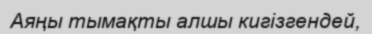
Аяңы тымақты алшы кигізгендей,